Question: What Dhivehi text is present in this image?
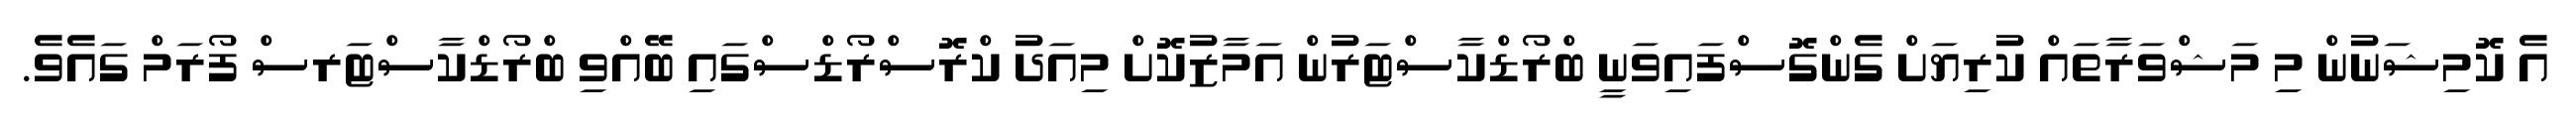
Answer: އެ ކޮމިޝަނުން މި މަޝްވަރާތައް ކުރިޔަށް ގެންގޮސްފައިވަނީ ބްރޯޑްކާސްޓަރުން އަމާޒުކޮށް މިއަދު ކްރޮސްރޯޑްސްގައި ބޭއްވި ބްރޯޑްކާސްޓަރސް ފޯރަމް ގައެވެ.